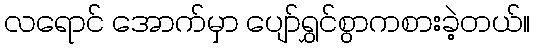
လရောင် အောက်မှာ ပျော်ရွှင်စွာကစားခဲ့တယ်။